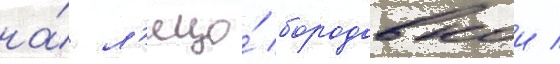
на́ л'ицо́ бородавкои /